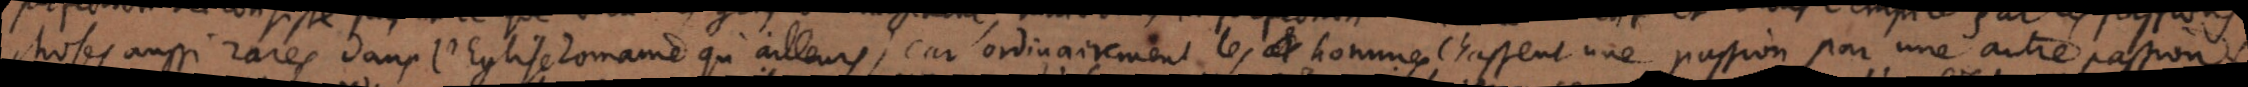
choses aussi rares dans l’Eglise Romaine qu’ailleurs car ordinairement les hommes chassent une passion par une autre passion: